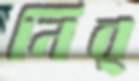
নির্